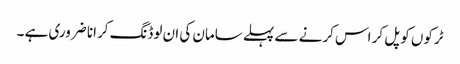
ٹرکوں کو پل کر اس کرنے سے پہلے سامان کی ان لوڈنگ کرانا ضروری ہے ۔